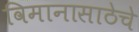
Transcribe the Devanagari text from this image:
विमानासाठेचे